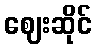
ဈေးဆိုင်